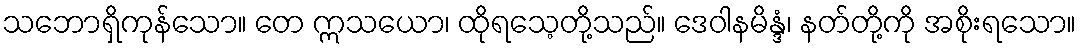
သဘောရှိကုန်သော။ တေ ဣသယော၊ ထိုရသေ့တို့သည်။ ဒေဝါနမိန္ဒံ၊ နတ်တို့ကို အစိုးရသော။